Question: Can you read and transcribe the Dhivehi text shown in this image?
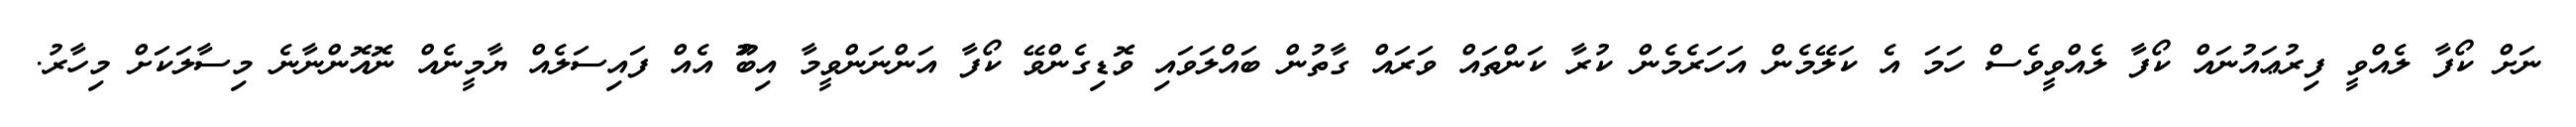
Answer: ނަށް ކޯފާ ލެއްވީ ފިރުޢައުނައް ކޯފާ ލެއްވީވެސް ހަމަ އެ ކަލޭމެން އަހަރެމެން ކުރާ ކަންތައް ވަރައް ގާތުން ބައްލަވައި ވޮޑިގެންވޭ ކޯފާ އަންނަންވީމާ އިބޫު އެއް ފައިސަލެއް ޔާމީނެއް ނޮއޮންނާނެ މިސާލަކަށް މިހާރު.